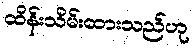
ထိန်းသိမ်းထားသည်ဟု